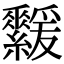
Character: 𦇻